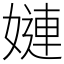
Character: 㜕